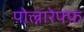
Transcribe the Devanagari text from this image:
पोल्नारेफ्फ़